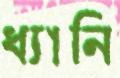
ধ্যানি